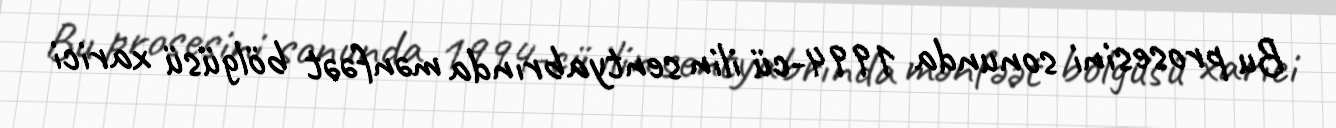
Bu prosesini sonunda 1994-cü ilin sentyabrında mənfəət bölgüsü xarici